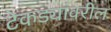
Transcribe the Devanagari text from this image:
टेकड्यांवरील